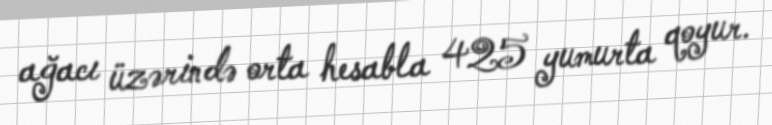
ağacı üzərində orta hesabla 425 yumurta qoyur.